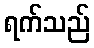
ရက်သည်